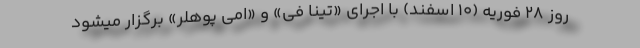
روز ۲۸ فوریه (۱۰ اسفند) با اجرای «تینا فی» و «امی پوهلر» برگزار میشود